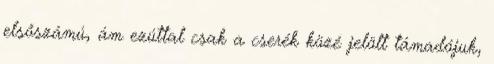
elsőszámú, ám ezúttal csak a cserék közé jelölt támadójuk,